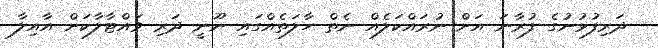
ދަރިފުޅުނުގެ ފުރާނަ އަށް ނުރައްކަލެއް ނެތް ހާލަތެއްގައި ނޫނީ ދަރި ވައްޓާލާކަށް އާއިލާ